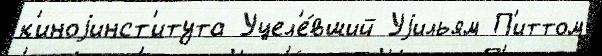
к'иноjинст'итута Уцел'е́вший Уjильям П'иттом